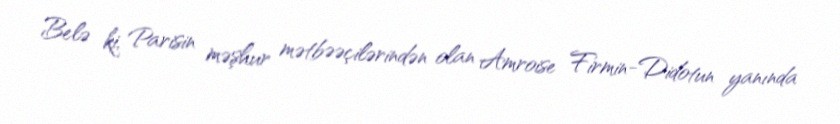
Belə ki, Parisin məşhur mətbəəçilərindən olan Amroise Firmin-Didotun yanında